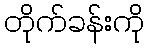
တိုက်ခန်းကို